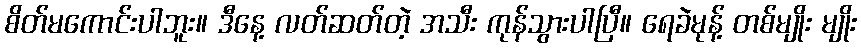
စိတ်မကောင်းပါဘူး။ ဒီနေ့ လတ်ဆတ်တဲ့ အသီး ကုန်သွားပါပြီ။ ရေခဲမုန့် တစ်မျိုး မျိုး